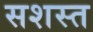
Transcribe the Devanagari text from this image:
सशस्त